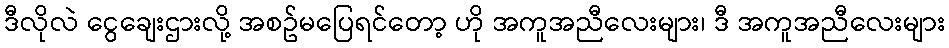
ဒီလိုလဲ ငွေချေးဌားလို့ အစဥ်မပြေရင်တော့ ဟို အကူအညီလေးများ၊ ဒီ အကူအညီလေးများ